Report on sanitation, dispensaries, and jails in Rajputana for 1915, and on vaccination for the year 1915-1916 - 1915-1916
Year: 1915
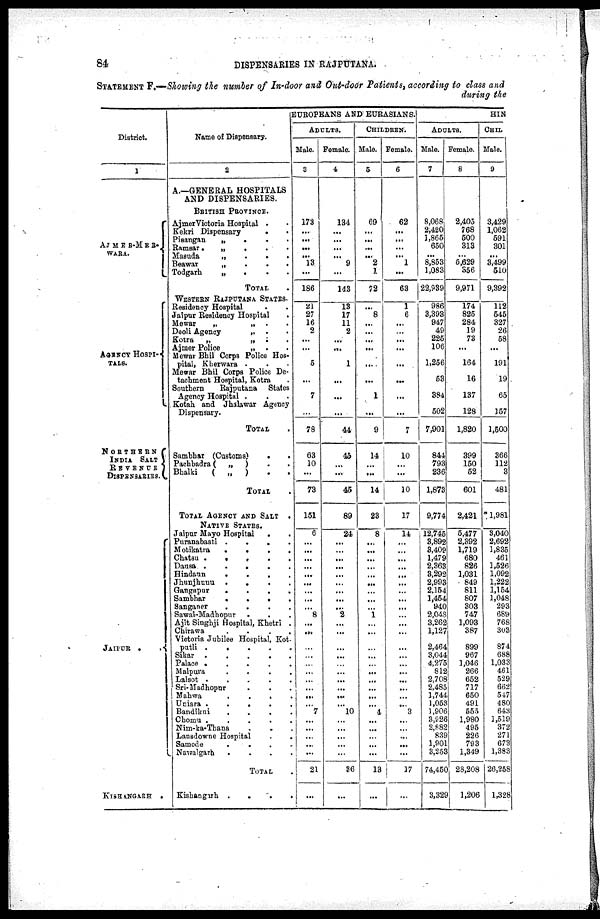
84
DISPENSARIES IN RAJPUTANA.
STATEMENT F.—Showing the number of In-door and Out-door Patients, according to class and
during the
District.
1
AJMER-MER¬
WARA.
AGENCY HOSPI¬
TALS.
NORTHERN
INDIA SALT
REVENUE
DISPENSARIES.
JAIPUR
.
KISHANGARH
.
Name of Dispensary.
2
A.—GENERAL HOSPITALS
AND DISPENSARIES.
BRITISH PROVINCE.
AjmerVictoria Hospital ..
Kekri Dispensary
..
Pisangan
„
.
.
.
Ramsar
.„
...
Masuda
„
.
.
.
Beawar
„
.
.
.
Todgarh
„
...
TOTAL .
WESTERN RAJPUTANA STATES
Residency Hospital . .
Jaipur Residency Hospital .
Mewar
„
„ ..
Deoli Agency
„ ..
Kotra
„
„
..
Ajmer Police
„ ..
Mewar Bhil Corps Police Hos-
pital, Kherwara ...
Mewar Bhil Corps Police De-
tachment Hospital, Kotra.
Southern
Rajputana
States
Agency Hospital ...
Kotah and Jhalawar Agency
Dispensary.
TOTAL.
Sambhar (Customs)
.
.
Pachbadra(
„
)
..
Bhalki
(
„
) ..
TOTAL.
TOTAL AGENCY AND SALT
.
NATIVE STATES.
Jaipur Mayo Hospital
..
Puranabasti....
Motikatra
.
.
.
.
Chatsu.....
Dausa
.....
Hindaun
.
.
. .
Jhunjhunu
....
Gangapur
.
.
.
.
Sambhar
.
.
.
.
Sanganer
....
Sawai-Madhopur ...
Ajit Singhji Hospital, Khetri .
Chirawa
....
Victoria Jubilee Hospital, Kot¬
putli
.....
Sikar
.....
Palace .
. . . .
Malpuva
....
Lalsot .....
Sri-Madhopur
.
. .
Mahwa
.
.
. .
Uniara
.....
Bandikui
.
.
.
.
Chomu .....
Nim-ka-Thana ...
Lansdowne Hospital
Samode
....
Nawalgarh ....
TOTAL .
Kishangarh
....
EUROPEANS AND EURASIANS.
ADULTS.
Male.
3
173
...
...
...
...
13
...
186
21
27
16
2
...
...
5
...
7
...
78
63
10
...
73
151
6
...
...
...
...
...
...
...
...
...
8
...
...
...
...
...
...
...
...
...
...
7
...
...
...
... ...
21
...
Female.
4
134
...
...
...
...
9
...
143
13
17
11
2
...
...
1
...
...
...
44
45
...
...
45
89
24
...
...
...
...
...
...
...
...
...
2
...
...
...
...
...
...
...
...
...
...
10
...
...
...
...
...
36
...
CHILDREN.
Male.
5
69
...
...
...
...
2
1
72
...
8
...
...
...
...
...
...
1
...
9
14
...
...
14
23
8
...
...
...
...
...
...
...
...
...
1
...
...
...
...
...
...
...
...
...
...
4
...
...
...
...
...
13
...
Female.
6
62
...
...
...
...
1
...
63
1
6
...
...
...
...
...
...
...
...
7
10
...
...
10
17
14
...
...
...
...
...
...
...
...
...
...
...
...
...
...
...
...
...
...
...
...
3
...
...
...
...
...
17
...
HIN
ADULTS.
Male.
7
8,068
2,420
1,865
650
...
8,853
1,083
22,939
986
3,393
947
49
225
106
1,256
53
384
502
7,901
844
793
236
1,873
9,774
12,745
3,892
3,409
1,479
2,363
3,292
2,993
2,154
1,454
940
2,048
3,262
1,127
2,464
3,044
4,275
812
2,708
2,485
1,744
1,053
1,906
3,926
2,882
839
1,901
3,253
74,450
3,329
Female.
8
2,405
768
500
313
...
6,629
356
9,971
174
825
284
19
73
...
164
16
137
128
1,820
399
150
52
601
2,421
5,477
2,392
1,719
680
826
1,031
849
811
807
303
747
1,093
387
899
967
1,046
266
652
717
650
491
555
1,980
495
226
793
1,349
28,208
1,206
CHIL
Male.
9
3,429
1,062
591
301
...
3,499
510
9,392
112
545
327
26
58
...
191
19
65
157
1,500
366
112
3
481
1,981
3,040
2,692
1,835
461
1,526
1,092
1,222
1,154
1,048
293
689
768
303
874
688
1,033
461
529
662
547
480
643
1,519
372
271
673
1,383
26,258
1,328